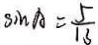
\sin A = \frac { 5 } { 1 3 }